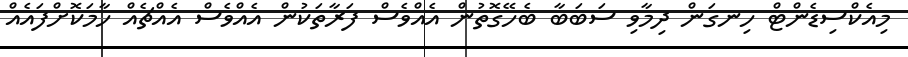
މިއެކްސިޑެންޓް ހިނގަން ދިމާވި ސަބަބާ ބެހޭގޮތުން އެއްވެސް ފަރާތަކުން އެއްވެސް އެއްޗެއް ހާމަކޮށްފައެއް